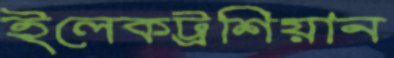
ইলেকট্রশিয়ান